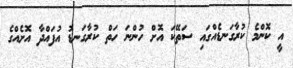
އީ ކޮންމެ ކުރާގަނޑެއްގައި ސަތޭކަ އޮށް ހުންނަ ހަތް ކުރާގަނޑު އުފައްދާ އޮށެއްގެ